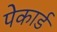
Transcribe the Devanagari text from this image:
पेकार्ड